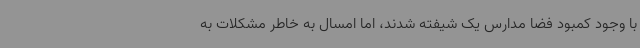
با وجود کمبود فضا مدارس یک شیفته شدند، اما امسال به خاطر مشکلات به